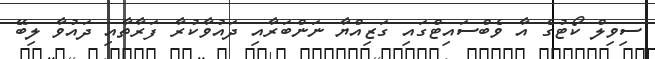
ސިވިލް ކޯޓުގެ އާ ވެބްސައިޓްގައި ގަޒިއްޔާ ނަންބަރާއި ދައުވާކުރާ ފަރާތާއި ދައުވާ ލިބޭ